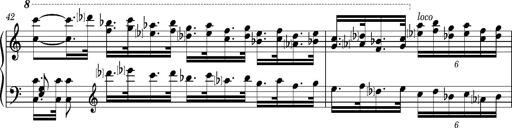
Title: Introduction des Variations sur une marche du SiÃ¨ge de Corinthe, S.421a
Composer: Franz Liszt
Key: F minor